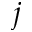
j